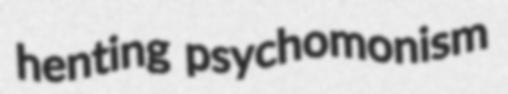
henting psychomonism